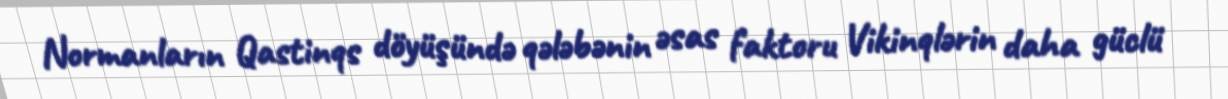
Normanların Qastinqs döyüşündə qələbənin əsas faktoru Vikinqlərin daha güclü